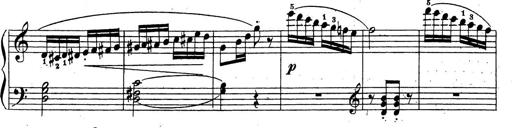
Title: 10 Sonatinas
Composer: Fritz Spindler